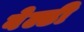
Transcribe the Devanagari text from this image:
वेल्डी